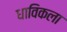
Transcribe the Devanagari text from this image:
धाविकला